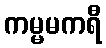
ကမ္မမကရီ